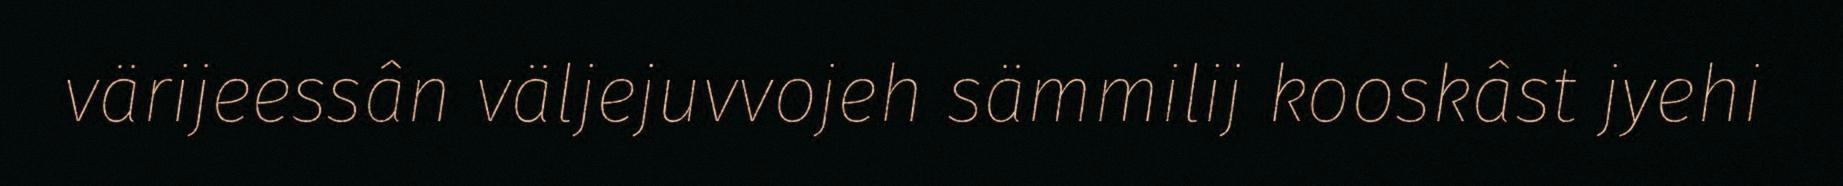
värijeessân väljejuvvojeh sämmilij kooskâst jyehi